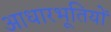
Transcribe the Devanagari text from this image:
आधारभूतियों